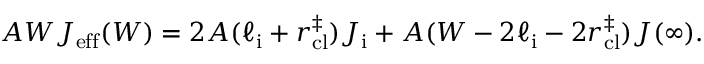
A W J _ { \mathrm { e f f } } ( W ) = 2 A ( \ell _ { \mathrm { i } } + r _ { \mathrm { c l } } ^ { \ddagger } ) J _ { \mathrm { i } } + A ( W - 2 \ell _ { \mathrm { i } } - 2 r _ { \mathrm { c l } } ^ { \ddagger } ) J ( \infty ) .